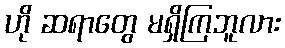
ဟို ဆရာတွေ မရှိကြဘူလား